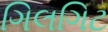
ગિલગિટ